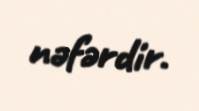
nəfərdir.